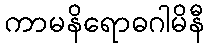
ကာမနိရောဓဂါမိနီ